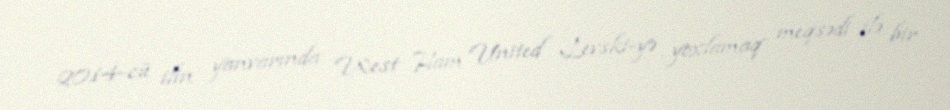
2014-cü ilin yanvarında West Ham United Levski-yə yoxlamaq meqsədi ilə bir